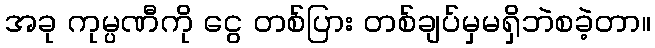
အခု ကုမ္ပဏီကို ငွေ တစ်ပြား တစ်ချပ်မှမရှိဘဲစခဲ့တာ။